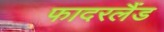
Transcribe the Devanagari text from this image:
फादरलैंड